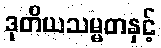
ဒုတိယသမ္မတနှင့်